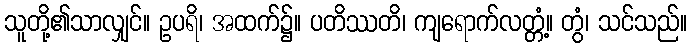
သူတို့၏သာလျှင်။ ဥပရိ၊ အထက်၌။ ပတိဿတိ၊ ကျရောက်လတ္တံ့။ တွံ၊ သင်သည်။